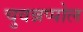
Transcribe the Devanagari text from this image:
चुवन्नप्पोल